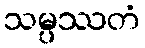
သမ္ပဿတံ